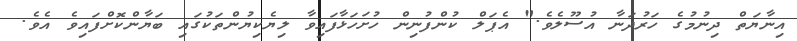
އިނާޔަތް ދިނުމުގެ ހަރުދަނާ އުސޫލެވެ." އެޕަލް ކުންފުނިން ހުށަހަޅާފައިވާ ލިޔެކިޔުންތަކުގައި ބަޔާންކޮށްފައިވެ އެވެ.